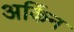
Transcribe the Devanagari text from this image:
अर्किन